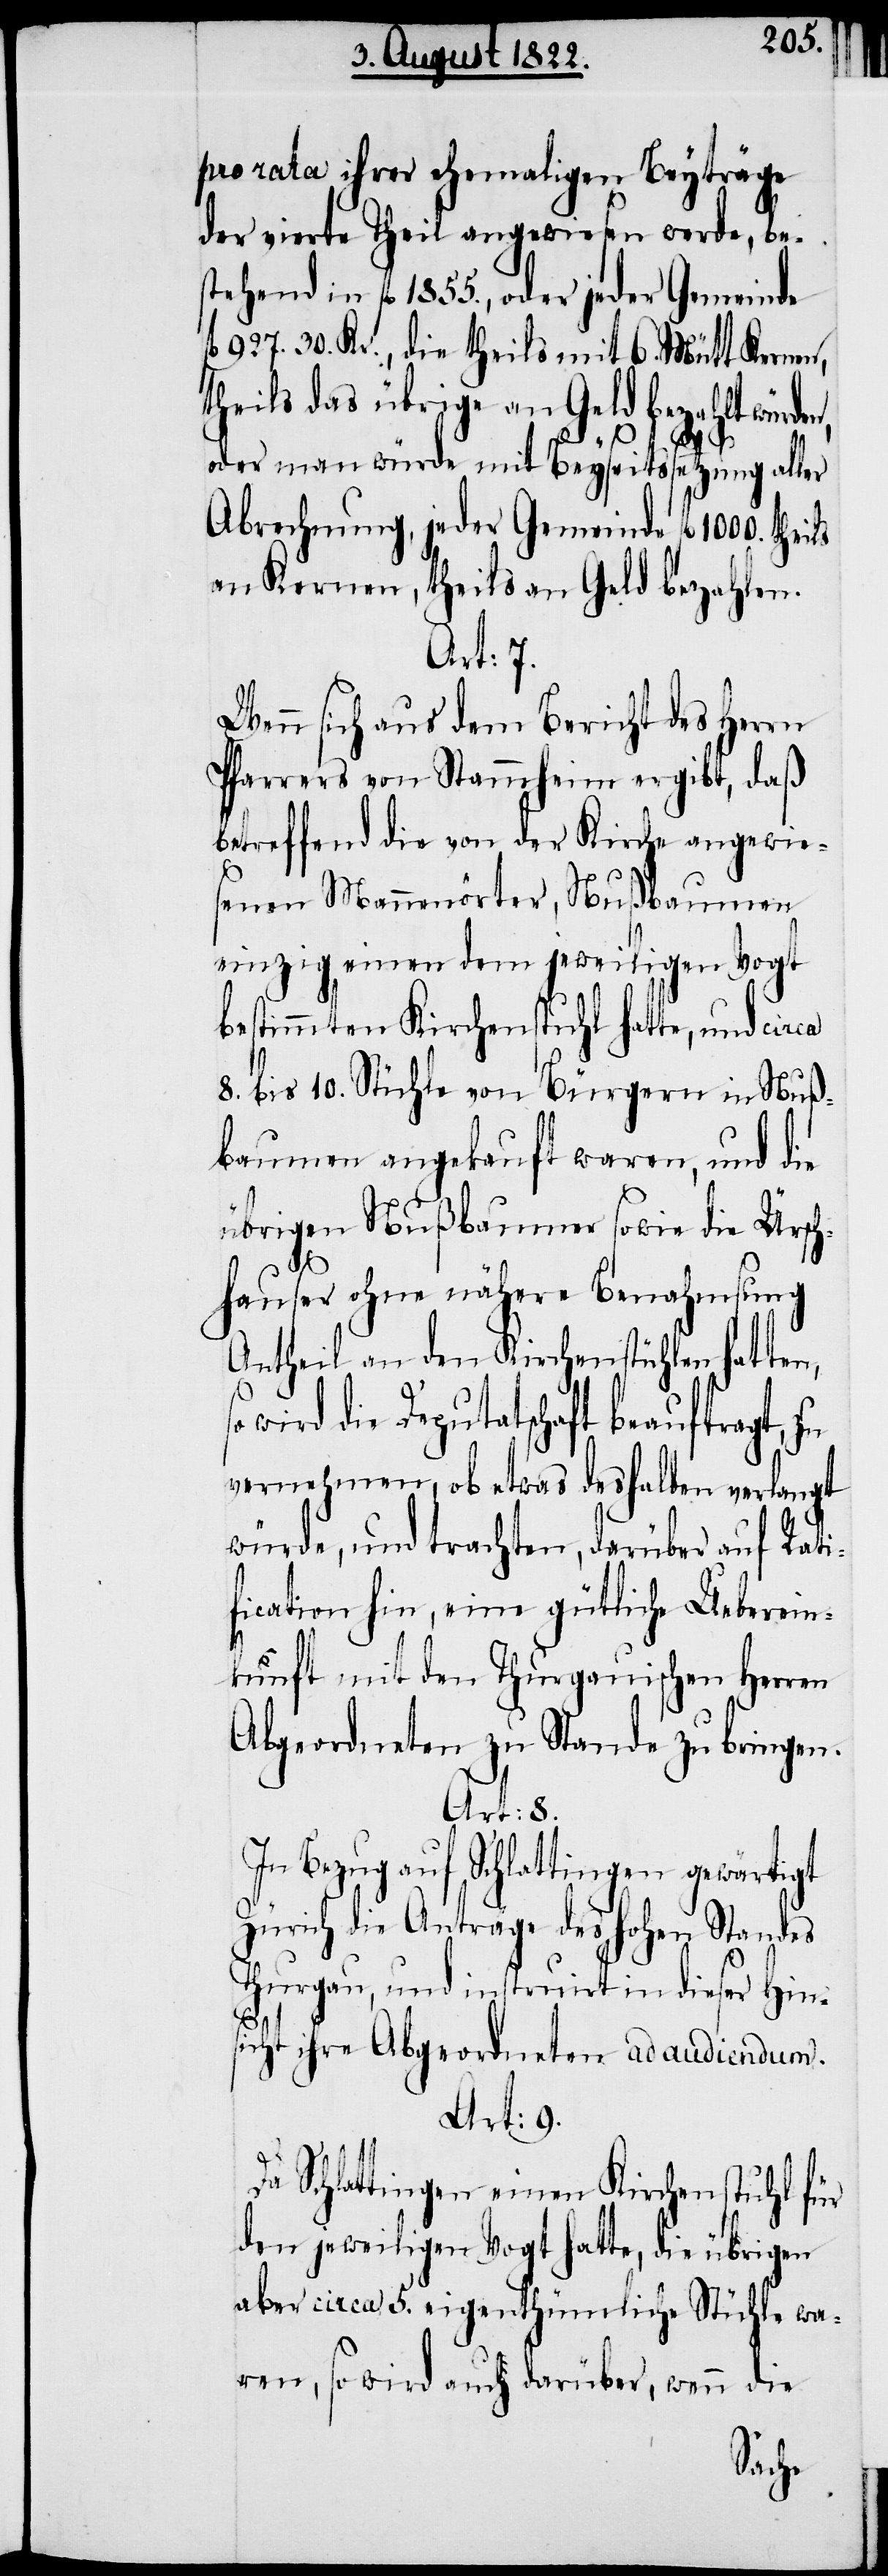
pro rata ihrer ehemaligen Beyträge
der vierte Theil angewiesen werde, bei¬
stehend in fl. 1855., oder jeder Gemeinde
927. 30. Kr., die theils mit 6. Mütt Kernen,
theils das übrige an Geld bezahlt würde¬
n,
oder man würde mit Beyseitssetzung aller
Abrechnung, jeder Gemeinde fl. 1000.
an Kernen, theils an Geld bezahlen.
Art: 7.
Wenn sich aus dem Bericht des Herrn
Pfarrers von Stammheim ergibt, daß
betreffend die von der Kirche angewie¬
senen Mannenörter, Nußbaumen
einzig einen dem jeweiligen Vogt
bestimmten Kirchenstuhl hatte, und circa
8. bis 10. Stühle von Bürgern in Nuß¬
baumen angekauft waren, und die
übrigen Nußbaumer sowie die Ürsch¬
hauser ohne nähere Benahmsung
Antheil an den Kirchenstühlen hatten,
wird die Deputatschaft beauftragt,
vernehmen, ob etwas deshalben verlangt
würde, und trachten, darüber auf Rati¬
fication hin, eine gütliche Ueberein¬
kunft mit den Thurgauischen Herren
Abgeordneten zu Stande zu bringen.
Art: 8.
In Bezug auf Schlattingen gewärtigt
Zürich die Anträge des hohen Standes
Thurgau, und instruirt in dieser Hin¬
sicht ihre Abgeordneten ad audiendum.
Art. 9.
Da Schlattingen einen Kirchenstuhl für
den jeweiligen Vogt hatte, die übrigen
aber circa 5. eigenthümliche Stühle wa¬
ren, so wird auch darüber, wenn die